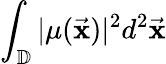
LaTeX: \int_{\mathbb{D}}|\mu(\vec{\mathbf x})|^{2}d^{2}\vec{\mathbf x}